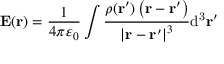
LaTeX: \mathbf { E ( r ) } = { \frac { 1 } { 4 \pi \varepsilon _ { 0 } } } \int { \frac { \rho ( \mathbf { r ^ { \prime } } ) \left( \mathbf { r } - \mathbf { r ^ { \prime } } \right) } { \left| \mathbf { r } - \mathbf { r ^ { \prime } } \right| ^ { 3 } } } \mathrm { d ^ { 3 } } \mathbf { r ^ { \prime } }